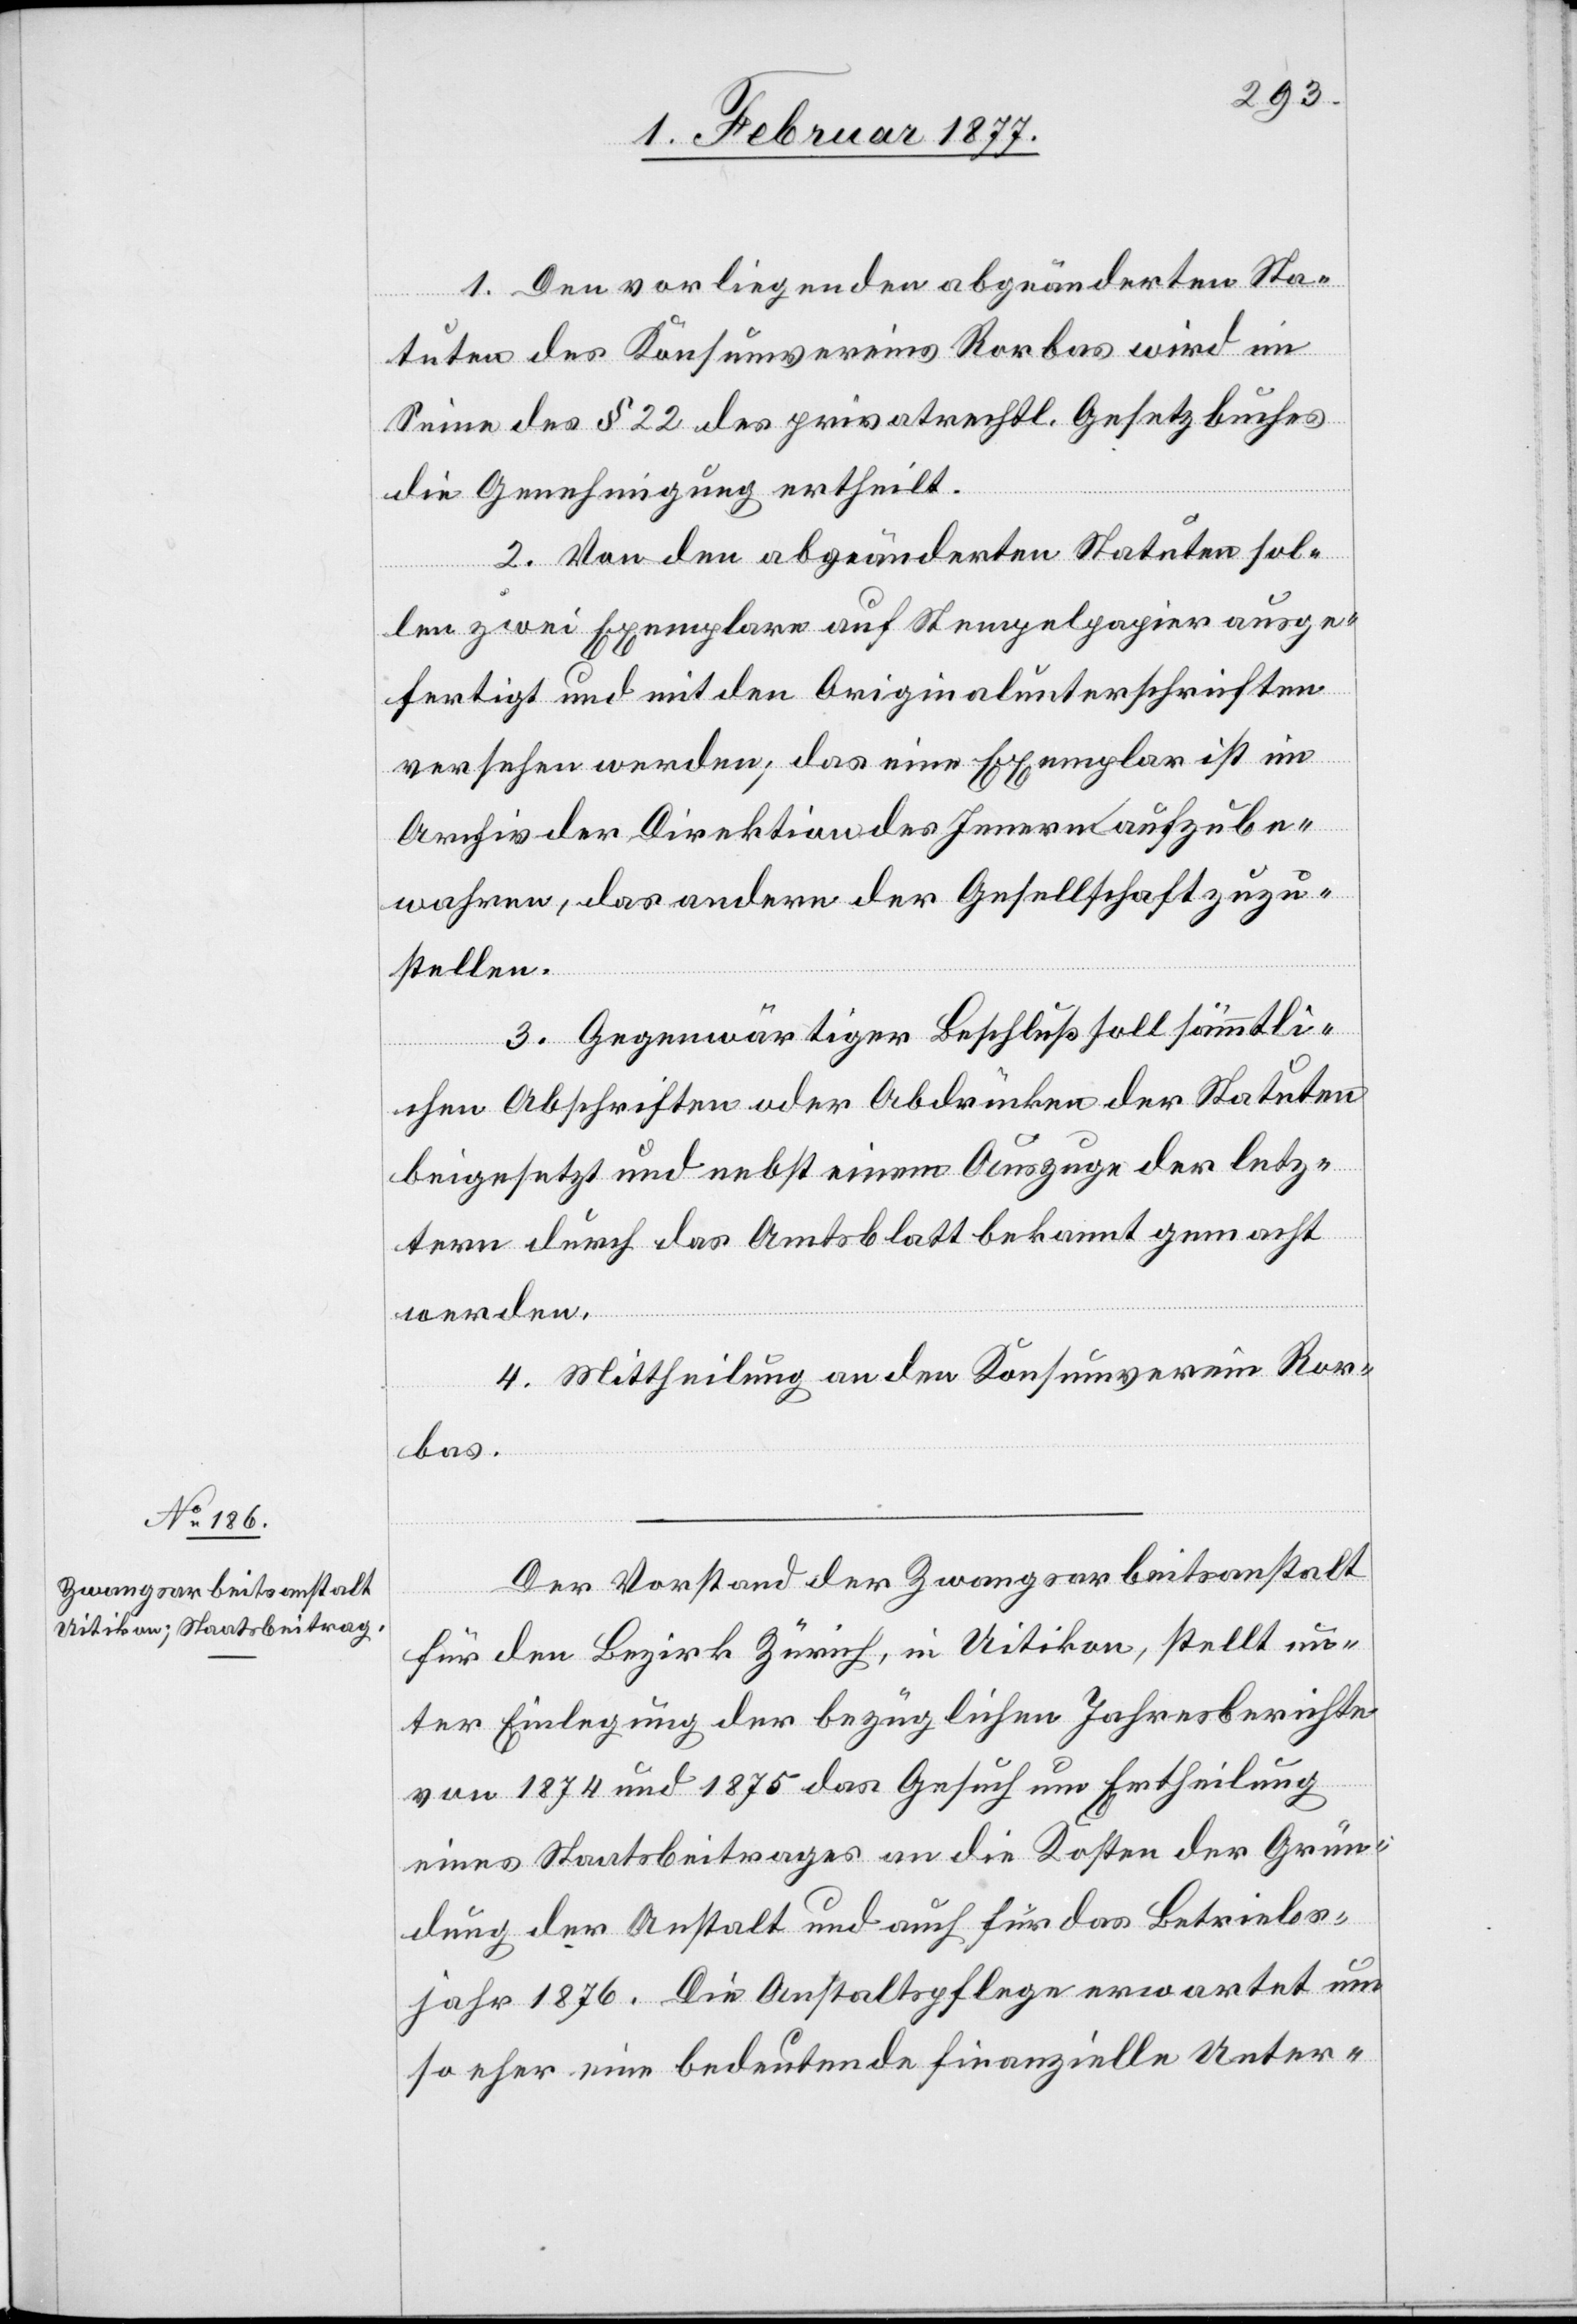
1. Den vorliegenden abgeänderten Sta¬
tuten des Konsumvereines Rorbas wird im
Sinne des § 22 des privatrechtl. Gesetzbuches
die Genehmigung ertheilt.
2. Von den abgeänderten Statuten sol¬
len zwei Exemplare auf Stempelpapier ausge¬
fertigt und mit den Originalunterschriften
versehen werden; das eine Exemplar ist im
Archiv der Direktion des Innern aufzube¬
wahren, das andere der Gesellschaft zuzu¬
stellen.
3. Gegenwärtiger Beschluß soll sämmtli¬
chen Abschriften oder Abdrücken der Statuten
beigesetzt und nebst einem Auszuge der letz¬
tern durch das Amtsblatt bekannt gemacht
werden.
4. Mittheilung an den Konsumverein Ror¬
bas.
Der Vorstand der Zwangsarbeitsanstalt
für den Bezirk Zürich, in Uitikon, stellt un¬
ter Einlegung der bezüglichen Jahresberichte
von 1874 und 1875 das Gesuch um Ertheilung
eines Staatsbeitrages an die Kosten der Grün¬
dung der Anstalt und auch für das Betriebs¬
jahr 1876. Die Anstaltspflege erwartet um
so eher eine bedeutende finanzielle Unter-